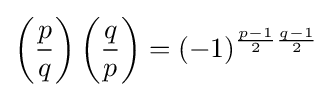
\left({\frac {p}{q}}\right)\left({\frac {q}{p}}\right)=(-1)^{{\frac {p-1}{2}}{\frac {q-1}{2}}}